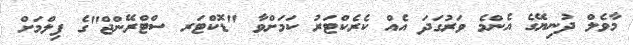
މާވެލް ދުނިޔޭގެ އެންމެ ވަރުގަދަ އެއް ކެރެކްޓަރު ކަމަށްވާ "ޑޮކްޓަރ ސްޓްރޭންޖް"ގެ ފިލްމަށް